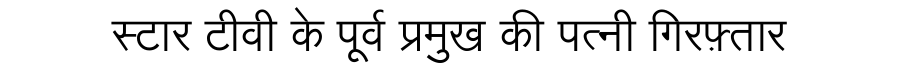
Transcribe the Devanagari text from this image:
स्टार टीवी के पूर्व प्रमुख की पत्नी गिरफ़्तार